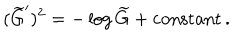
LaTeX: ( \widetilde { G } ^ { \prime } ) ^ { 2 } = - \log \widetilde { G } + \mathrm { c o n s t a n t } \, .